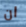
ان